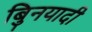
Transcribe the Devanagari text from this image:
बुिनयादी